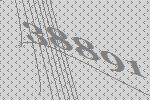
38891